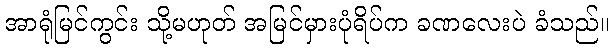
အာရုံမြင်ကွင်း သို့မဟုတ် အမြင်မှားပုံရိပ်က ခဏလေးပဲ ခံသည်။